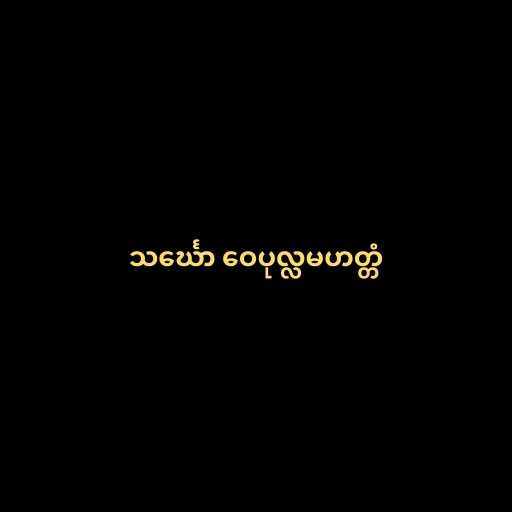
သင်္ဃော ဝေပုလ္လမဟတ္တံ